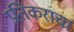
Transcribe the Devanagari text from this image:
प्रतिकराचा